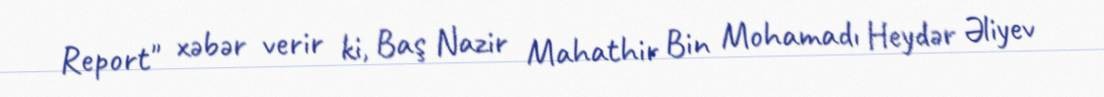
Report" xəbər verir ki, Baş Nazir Mahathir Bin Mohamadı Heydər Əliyev